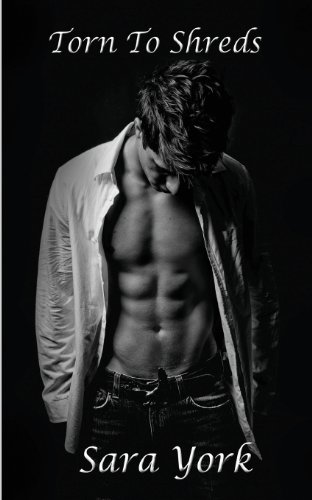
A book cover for Torn To Shreds; Sara York; Literature & Fiction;